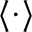
\langle \cdot \rangle